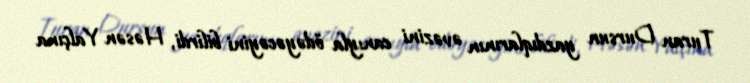
Turan Dursun yazdıqlarının əvəzini canıyla ödəyəcəyini bilirdi, Həsən Yalçına